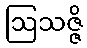
ဩသဇ္ဇိ